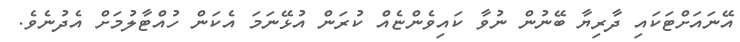
އޭނައަށްޓަކައި ދާރިޔާ ބޭނުން ނުވާ ކައިވެންޏެއް ކުރަން އުޅޭނަމަ އެކަން ހުއްޓާލުމަށް އެދުނެވެ.